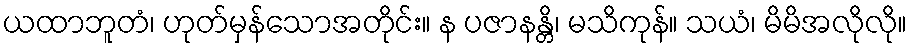
ယထာဘူတံ၊ ဟုတ်မှန်သောအတိုင်း။ န ပဇာနန္တိ၊ မသိကုန်။ သယံ၊ မိမိအလိုလို။